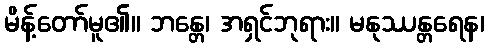
မိန့်တော်မူ၏။ ဘန္တေ၊ အရှင်ဘုရား။ မနုဿန္တရေန၊